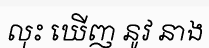
លុះ ឃើញ នូវ នាង